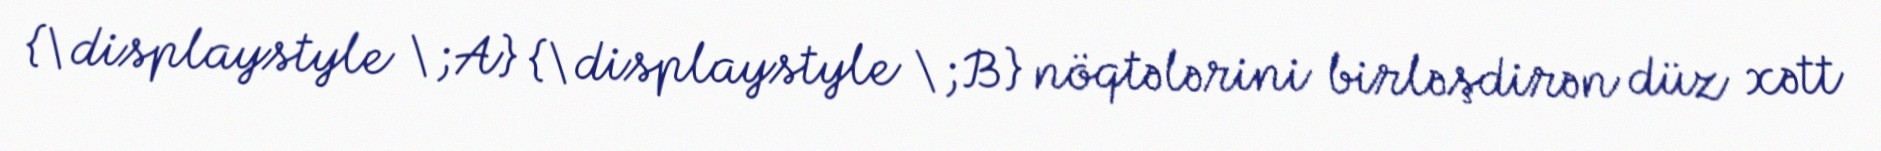
{\displaystyle \;A} {\displaystyle \;B} nöqtələrini birləşdirən düz xətt